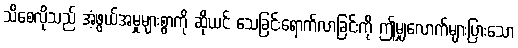
သိစေလိုသည် အံ့ဖွယ်အမှုများစွာကို ဆိုယင် သေခြင်းရောက်လာခြင်းကို ဤမျှလောက်များပြားသော